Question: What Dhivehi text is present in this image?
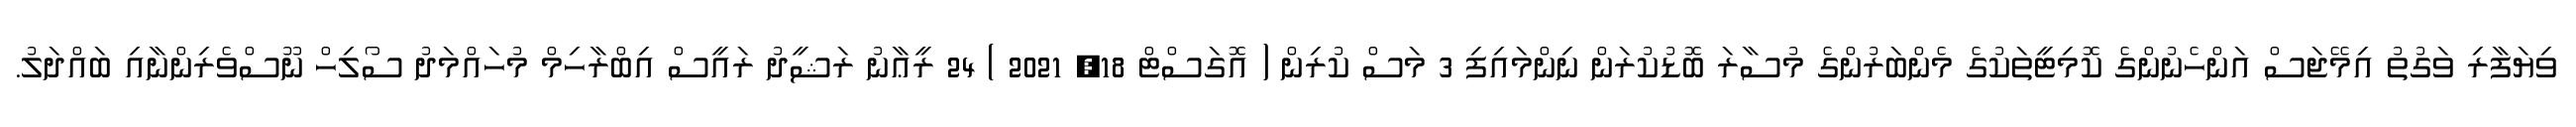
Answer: ވިޔަފާރި ވަގުތު އިމޭޖަސް އަންހެނުންގެ ކޮމިޓީތަކުގެ މެންބަރުންގެ މުސާރަ ބޮޑުކުރަން ނިންމައިފި 3 މަސް ކުރިން ( އޮގަސްޓް 18, 2021 ) 24 ރީޢާނު ރަޝީދު ރައީސް އިބްރާހިމް މުހައްމަދު ސޯލިހް ނޫސްވެރިންނާއި ބައްދަލު.